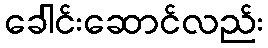
ခေါင်းဆောင်လည်း